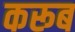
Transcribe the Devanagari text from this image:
करूब